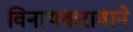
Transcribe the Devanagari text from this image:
विनायकरावाने